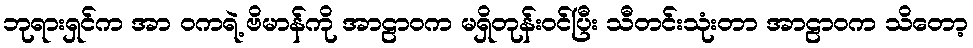
ဘုရားရှင်က အာ ဝကရဲ့ ဗိမာန်ကို အာဠာဝက မရှိတုန်းဝင်ပြီး သီတင်းသုံးတာ အာဠာဝက သိတော့